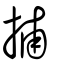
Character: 捕